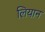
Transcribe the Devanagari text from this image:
लियान